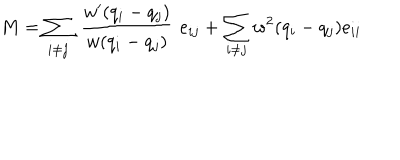
M = \sum _ { i \neq j } \, \, \frac { w ^ { \prime } ( q _ { i } - q _ { j } ) } { w ( q _ { i } - q _ { j } ) } \, \, e _ { i j } + \sum _ { i \neq j } w ^ { 2 } ( q _ { i } - q _ { j } ) e _ { i i }